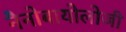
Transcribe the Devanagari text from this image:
नैनोबायोलोजी